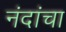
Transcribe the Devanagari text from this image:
नंदांचा